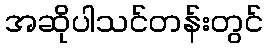
အဆိုပါသင်တန်းတွင်